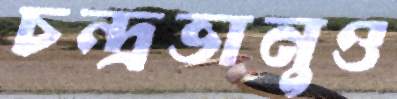
চন্দ্রভানুও